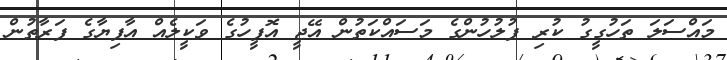
މައްސަލަ ތަހުގީގު ކުރި ފުލުހުންގެ މަސައްކަތުން އޭޖީ އޮފީހުގެ ވަކީލެއް އާފިޔާގެ ފަރާތުން